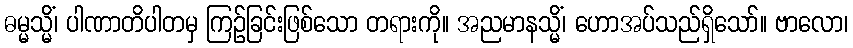
ဓမ္မသ္မိံ၊ ပါဏာတိပါတမှ ကြဉ်ခြင်းဖြစ်သော တရားကို။ အညမာနသ္မိံ၊ ဟောအပ်သည်ရှိသော်။ ဗာလော၊